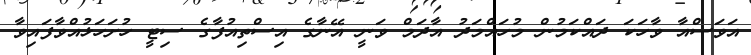
އަވަސްއާ ވާހަކަ ދައްކަމުން މުހައްމަދު އާދަމް ވަނީ އޭނާގެ އިސްތިއުފާގެ ސިޓީ ހުށަހަޅުއްވާފައިވާ